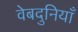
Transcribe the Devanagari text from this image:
वेबदुनियाँ